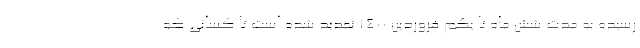
رسیده به مدت شش ماه تا یکم فروردین ١٤٠٠ تمدید شده است تا کسانی که